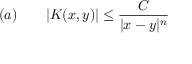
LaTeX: ( a ) \qquad | K ( x , y ) | \leq { \frac { C } { | x - y | ^ { n } } }